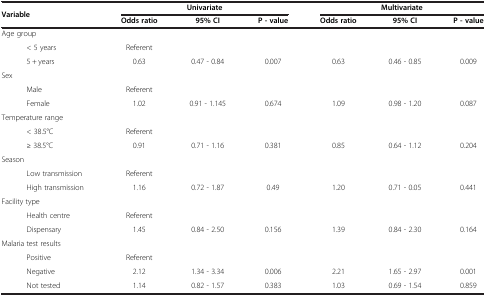
| <ROWSPAN=2-COLSPAN=2> Variable | <COLSPAN=3> Univariate | <COLSPAN=3> Multivariate |
 | Odds ratio | 95% CI | P - value | Odds ratio | 95% CI | P - value |
 | --- | --- | --- | --- | --- | --- | --- | --- |
 | <COLSPAN=2> Age group |  |  |  |  |  |  |
 |  | < 5 years | Referent |  |  |  |  |  |
 |  | 5 + years | 0.63 | 0.47 - 0.84 | 0.007 | 0.63 | 0.46 - 0.85 | 0.009 |
 | <COLSPAN=2> Sex |  |  |  |  |  |  |
 |  | Male | Referent |  |  |  |  |  |
 |  | Female | 1.02 | 0.91 - 1.145 | 0.674 | 1.09 | 0.98 - 1.20 | 0.087 |
 | <COLSPAN=2> Temperature range |  |  |  |  |  |  |
 |  | < 38.5°C | Referent |  |  |  |  |  |
 |  | ≥ 38.5°C | 0.91 | 0.71 - 1.16 | 0.381 | 0.85 | 0.64 - 1.12 | 0.204 |
 | <COLSPAN=2> Season |  |  |  |  |  |  |
 |  | Low transmission | Referent |  |  |  |  |  |
 |  | High transmission | 1.16 | 0.72 - 1.87 | 0.49 | 1.20 | 0.71 - 0.05 | 0.441 |
 | <COLSPAN=2> Facility type |  |  |  |  |  |  |
 |  | Health centre | Referent |  |  |  |  |  |
 |  | Dispensary | 1.45 | 0.84 - 2.50 | 0.156 | 1.39 | 0.84 - 2.30 | 0.164 |
 | <COLSPAN=2> Malaria test results |  |  |  |  |  |  |
 |  | Positive | Referent |  |  |  |  |  |
 |  | Negative | 2.12 | 1.34 - 3.34 | 0.006 | 2.21 | 1.65 - 2.97 | 0.001 |
 |  | Not tested | 1.14 | 0.82 - 1.57 | 0.383 | 1.03 | 0.69 - 1.54 | 0.859 |